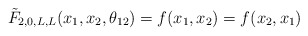
\begin{align*}\tilde {F}_{2,0, L,L} (x_1, x_2, \theta_{12}) = f (x_1, x_2) = f(x_2,x_1)\end{align*}